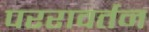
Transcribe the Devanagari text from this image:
पररावर्तन